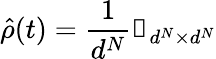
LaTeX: \hat{\rho}(t)=\frac{1}{d^{N}}\mathbb{1}_{d^{N}\times d^{N}}